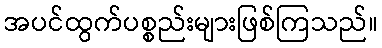
အပင်ထွက်ပစ္စည်းများဖြစ်ကြသည်။